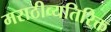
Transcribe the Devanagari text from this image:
मराठीव्यतिरिक्त